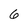
Character: 6